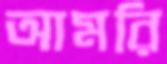
আমরি